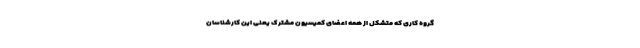
گروه کاری که متشکل از همه اعضای کمیسیون مشترک یعنی این کارشناسان